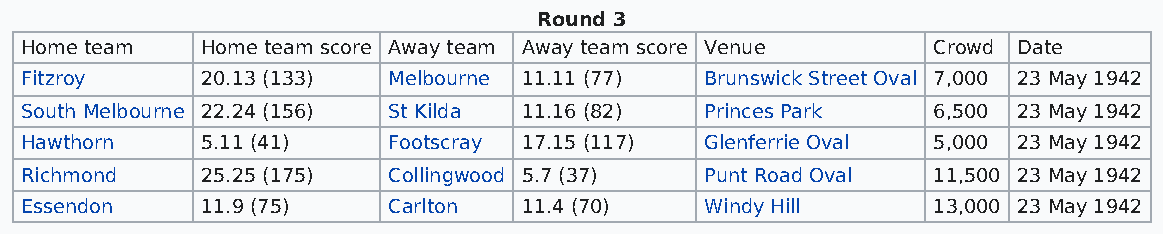
Round 3
 Home team   Home team score Away team Away team score Venue  Crowd Date
 Fitzroy     20.13 (133)  Melbourne 11.11 (77) Brunswick Street Oval 7,000 23 May 1942
 South Melbourne 22.24 (156) St Kilda 11.16 (82) Princes Park 6,500 23 May 1942
 Hawthorn    5.11 (41)    Footscray 17.15 (117) Glenferrie Oval 5,000 23 May 1942
 Richmond    25.25 (175)  Collingwood 5.7 (37) Punt Road Oval 11,500 23 May 1942
 Essendon    11.9 (75)    Carlton  11.4 (70)   Windy Hill     13,000 23 May 1942